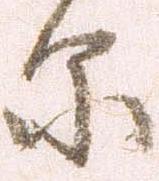
原